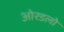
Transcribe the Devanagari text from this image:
ओरडलो